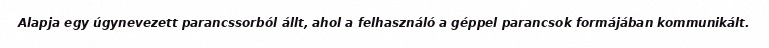
Alapja egy úgynevezett parancssorból állt, ahol a felhasználó a géppel parancsok formájában kommunikált.